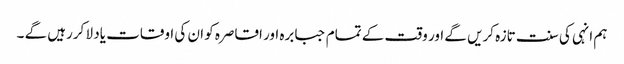
ہم انہی کی سنت تازہ کریں گے اور وقت کے تمام جبابرہ اور اقاصرہ کو ان کی اوقات یاد لا کررہیں گے ۔